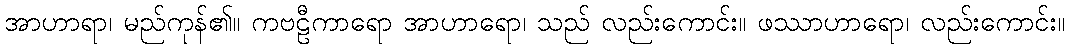
အာဟာရာ၊ မည်ကုန်၏။ ကဗဠီကာရော အာဟာရော၊ သည် လည်းကောင်း။ ဖဿာဟာရော၊ လည်းကောင်း။